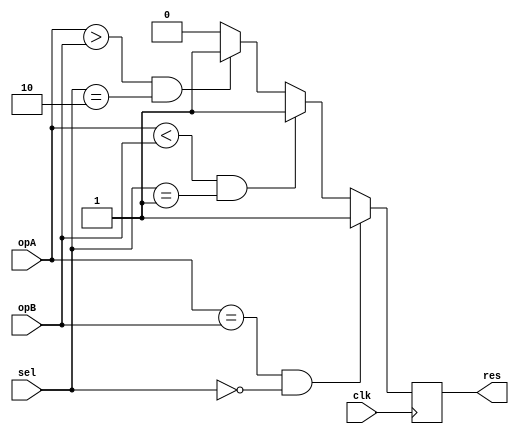
// ============================================================================
//   Ver  :| Author					:| Mod. Date :| Changes Made:
//   V1.0 :| viCppDev			   :| 08/02/2021:| 8bit Comparator
// ============================================================================

module Comparator (input clk, output wire res, input wire [7:0] opA, input wire [7:0] opB, input wire [1:0] sel);

	reg result;
	reg [7:0] A;
	reg [7:0] B;
	
	assign res = result;
	
	always @(posedge(clk)) begin
		A = opA;
		B = opB;
		if(A == B && sel == 2'b00)
			result <= 1;
		else if (A < B && sel == 2'b01)
			result <= 1;
		else if (A > B && sel == 2'b10)
			result <= 1;
		else
			result <= 0;
	end

endmodule